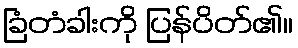
ခြံတံခါးကို ပြန်ပိတ်၏။